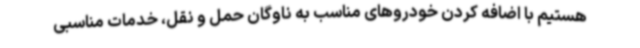
هستیم با اضافه کردن خودروهای مناسب به ناوگان حمل و نقل، خدمات مناسبی